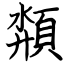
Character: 頮